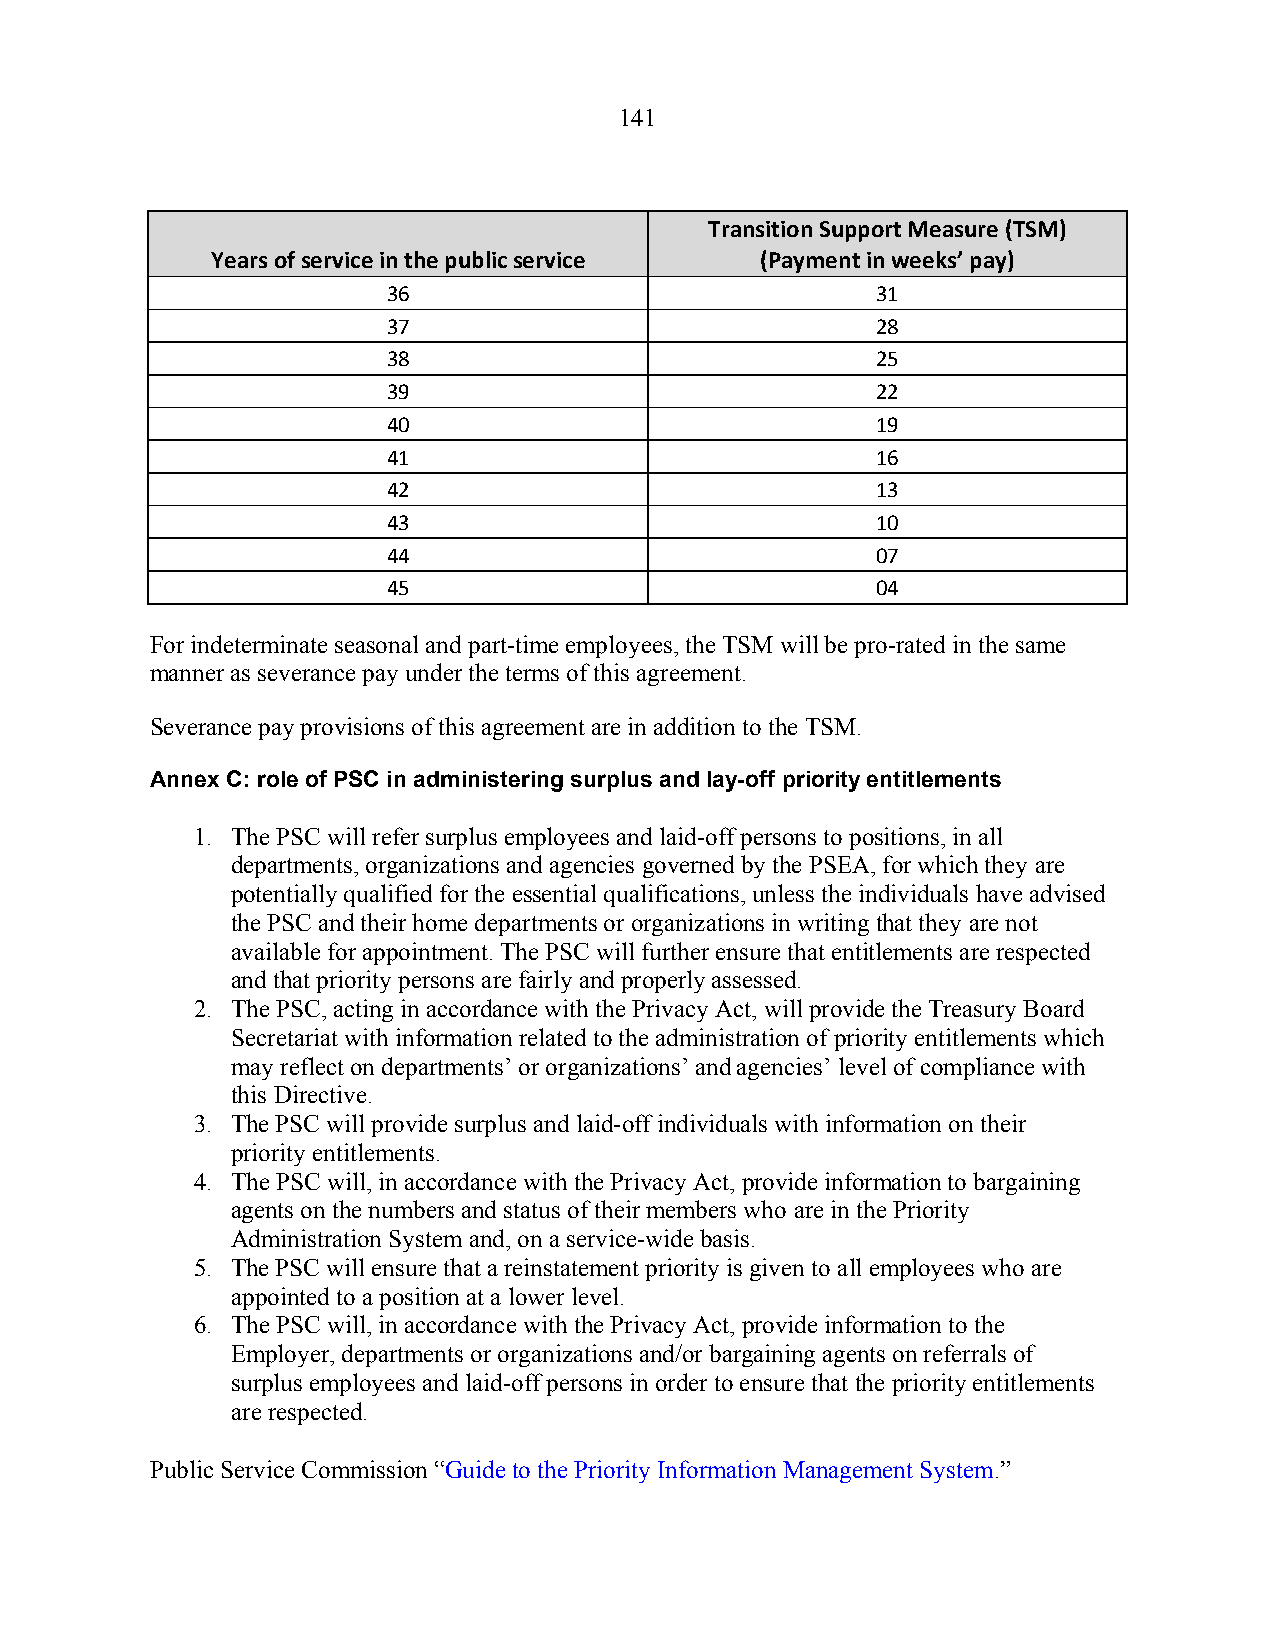
141
 Transition Support Measure (TSM)
 Years of service in the public service (Payment in weeks’ pay)
 36                              31
 37                              28
 38                              25
 39                              22
 40                              19
 41                              16
 42                              13
 43                              10
 44                              07
 45                              04
 For indeterminate seasonal and part-time employees, the TSM will be pro-rated in the same
 manner as severance pay under the terms of this agreement.
 Severance pay provisions of this agreement are in addition to the TSM.
 Annex C: role of PSC in administering surplus and lay-off priority entitlements
 1. The PSC will refer surplus employees and laid-off persons to positions, in all
 departments, organizations and agencies governed by the PSEA, for which they are
 potentially qualified for the essential qualifications, unless the individuals have advised
 the PSC and their home departments or organizations in writing that they are not
 available for appointment. The PSC will further ensure that entitlements are respected
 and that priority persons are fairly and properly assessed.
 2. The PSC, acting in accordance with the Privacy Act, will provide the Treasury Board
 Secretariat with information related to the administration of priority entitlements which
 may reflect on departments’ or organizations’ and agencies’ level of compliance with
 this Directive.
 3. The PSC will provide surplus and laid-off individuals with information on their
 priority entitlements.
 4. The PSC will, in accordance with the Privacy Act, provide information to bargaining
 agents on the numbers and status of their members who are in the Priority
 Administration System and, on a service-wide basis.
 5. The PSC will ensure that a reinstatement priority is given to all employees who are
 appointed to a position at a lower level.
 6. The PSC will, in accordance with the Privacy Act, provide information to the
 Employer, departments or organizations and/or bargaining agents on referrals of
 surplus employees and laid-off persons in order to ensure that the priority entitlements
 are respected.
 Public Service Commission “Guide to the Priority Information Management System.”